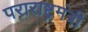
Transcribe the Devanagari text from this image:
पराराष्ट्रमंत्री